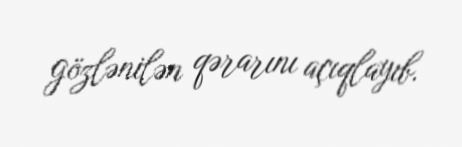
gözlənilən qərarını açıqlayıb.